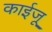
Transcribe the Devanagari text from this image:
काईजू